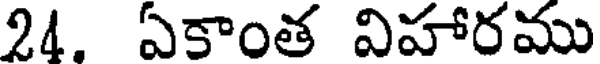
24. ఏకాంత విహారము